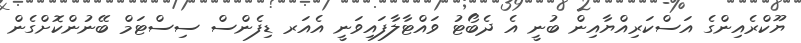
ޔޫކްރެއިންގެ އަސްކަރިއްޔާއިން ބުނީ އެ ދެބޯޓު ވައްޓާލާފައިވަނީ އެއަރ ޑިފެންސް ސިސްޓަމް ބޭނުންކޮށްގެން